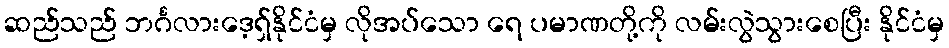
ဆည်သည် ဘင်္ဂလားဒေ့ရှ်နိုင်ငံမှ လိုအပ်သော ရေ ပမာဏတို့ကို လမ်းလွဲသွားစေပြီး နိုင်ငံမှ